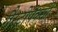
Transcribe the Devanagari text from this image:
गैस्ट्रोपेक्सी